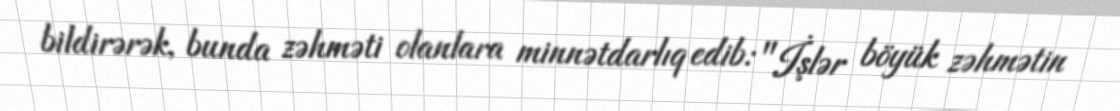
bildirərək, bunda zəhməti olanlara minnətdarlıq edib: "İşlər böyük zəhmətin